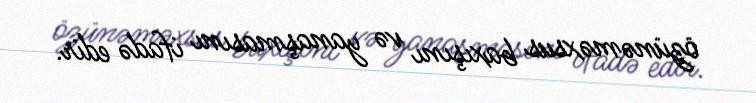
özünəməxsus baxışını və yanaşmasını ifadə edir.